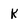
Character: k